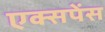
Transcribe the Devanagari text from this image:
एक्सपेंस